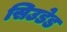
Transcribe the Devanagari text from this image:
सिउडेड